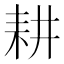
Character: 耕